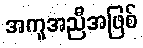
အကူအညီအဖြစ်